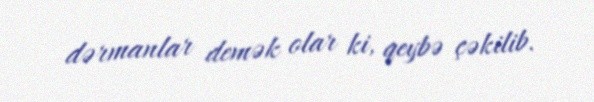
dərmanlar demək olar ki, qeybə çəkilib.